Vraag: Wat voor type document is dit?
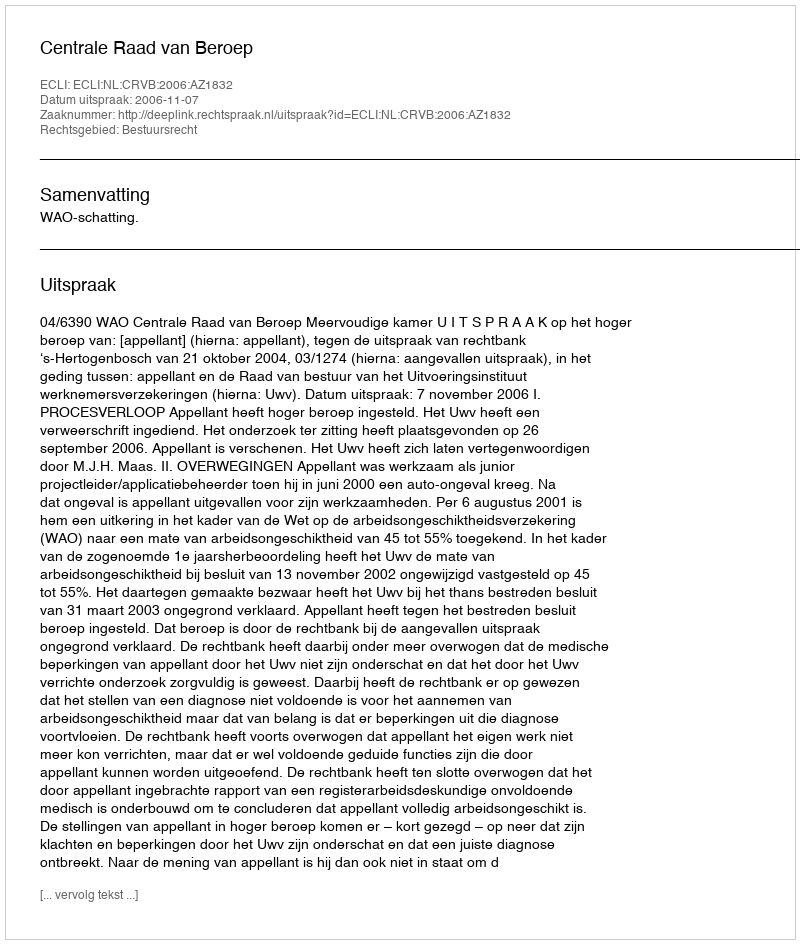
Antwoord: Uitspraak